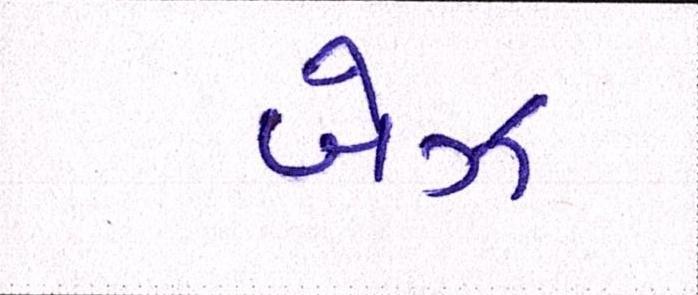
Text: બેઝ